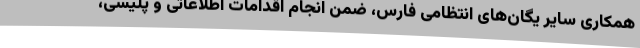
همکاری سایر یگان‌های انتظامی فارس، ضمن انجام اقدامات اطلاعاتی و پلیسی،